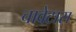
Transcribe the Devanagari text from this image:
चावेटास